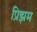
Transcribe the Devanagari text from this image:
प्रिझम